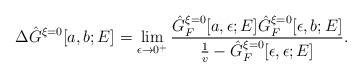
LaTeX: \begin{align*}\Delta \hat{G}^{\xi = 0}[a, b; E] = \lim_{\epsilon \rightarrow 0^+}\frac{\hat{G}_F^{\xi = 0}[a, \epsilon; E] \hat{G}_F^{\xi = 0}[\epsilon, b; E]} {\frac{1}{v} - \hat{G}_F^{\xi = 0}[\epsilon, \epsilon; E]}.\end{align*}